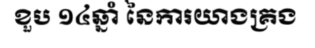
ខួប ១៤ឆ្នាំ នៃការយាងគ្រង